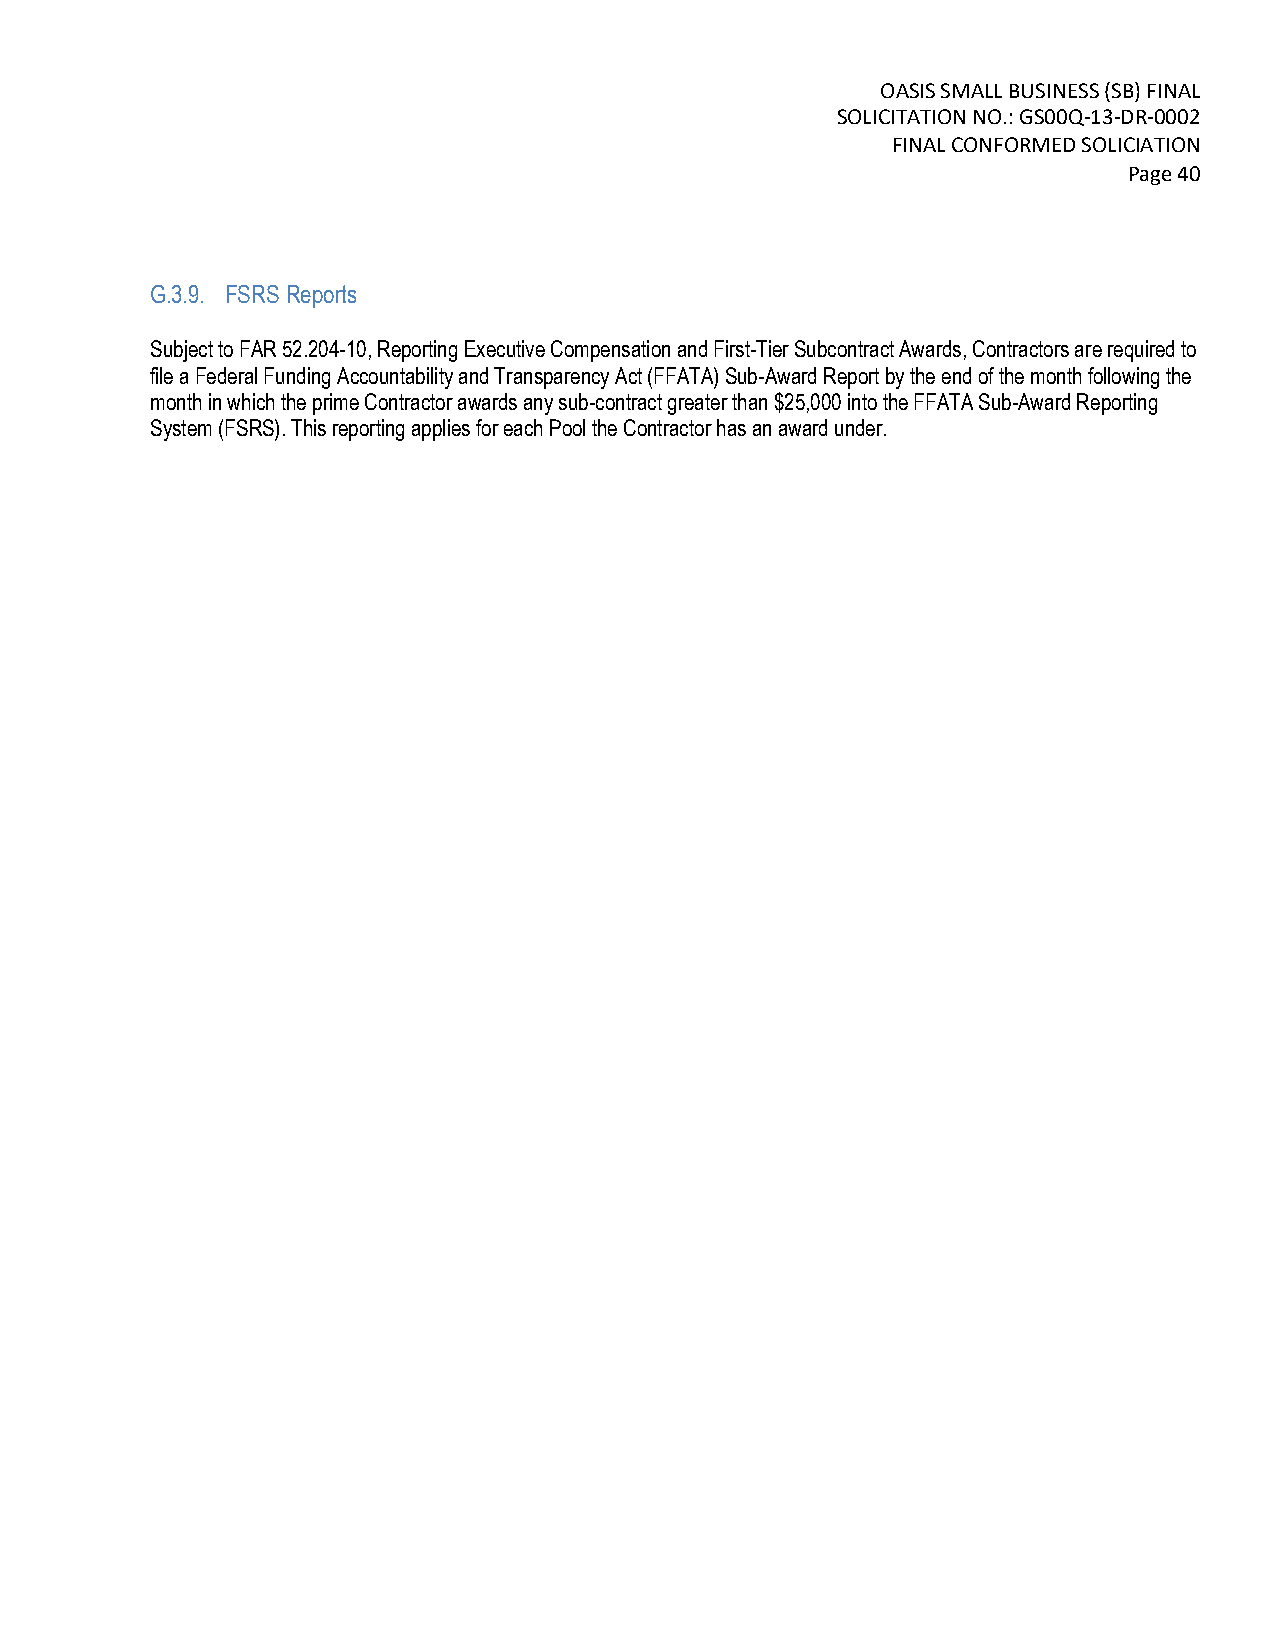
OASIS SMALL BUSINESS (SB) FINAL
 SOLICITATION NO.: GS00Q-13-DR-0002
 FINAL CONFORMED SOLICIATION
 Page 40
 G.3.9. FSRS Reports
 Subject to FAR 52.204-10, Reporting Executive Compensation and First-Tier Subcontract Awards, Contractors are required to
 file a Federal Funding Accountability and Transparency Act (FFATA) Sub-Award Report by the end of the month following the
 month in which the prime Contractor awards any sub-contract greater than $25,000 into the FFATA Sub-Award Reporting
 System (FSRS). This reporting applies for each Pool the Contractor has an award under.